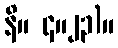
နိ။ ၄။၂၃)။